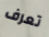
تعرف